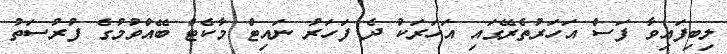
ލިބިފައިވާ ފަސް އަހަރުތެރޭގައި އަހަރަކު ދެ ފަހަރު ނައިޓް މާކެޓް ބޭއްވުމުގެ ފުރުސަތު